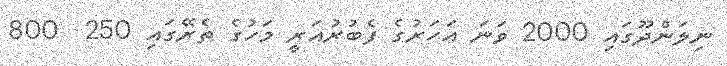
ނިލަންދޫގައި 2000 ވަނަ އަހަރުގެ ފެބުރުއަރީ މަހުގެ ތެރޭގައި 250  800